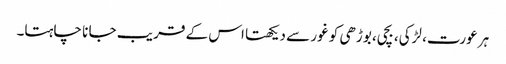
ہر عورت، لڑکی، بچی، بوڑھی کو غور سے دیکھتا اس کے قر یب جا نا چاہتا۔